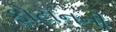
ફોટૉનની